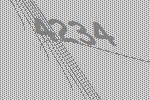
4234